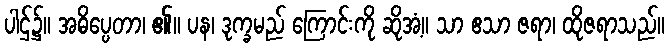
ပါဌ်၌။ အဓိပ္ပေတာ၊ ၏။ ပန၊ ဒုက္ခမည် ကြောင်းကို ဆိုအံ့။ သာ ဧသာ ဇရာ၊ ထိုဇရာသည်။